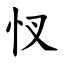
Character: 㣾